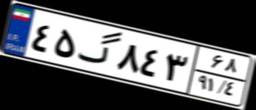
۴۵گ۸۴۳۶۸